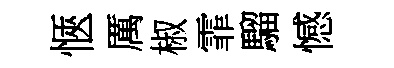
愜厲椒霏騮憾